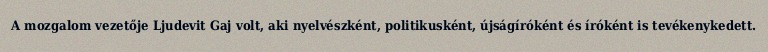
A mozgalom vezetője Ljudevit Gaj volt, aki nyelvészként, politikusként, újságíróként és íróként is tevékenykedett.